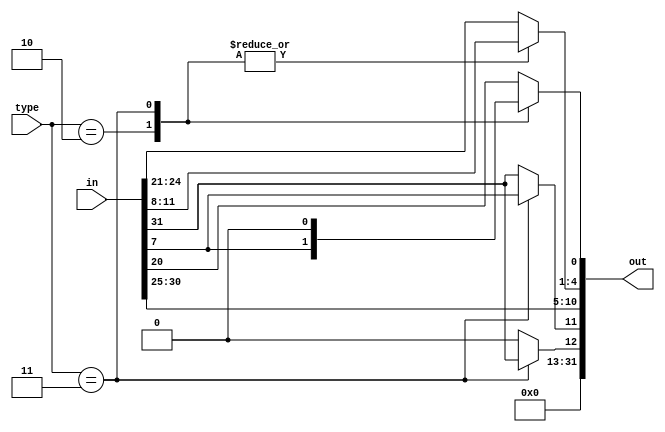
module immgen (type,in,out);
input [1:0]type;
input [31:0]in;
output reg [31:0]out;


always@(*)
begin case(type)
2'b01:
begin
out[31:12] = 0;
out[11:0] = in[31:20];
end
2'b10:
begin
out[31:12] = 0;
out[11:5] = in[31:25];
out[4:0] = in[11:7];
end
2'b11:
begin
out[31:12] = 0;
out [11] = in[7];
out [10:5] = in[30:25];
out [12] = in[31];
out [0] = 0;
out [4:1] = in [11:8];
end
default: out = {20'b00000000000000000000,in[31:20]};
endcase
end

endmodule